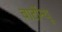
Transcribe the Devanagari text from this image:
बार्टोन्यू